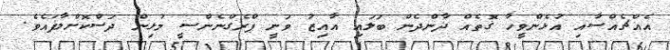
އެއްޗެއްސާއި އުޅެންވީހާ ގޮތެއް ދާންދެން ބަލައި އާއިޒު ވަނީ ޕްރެގްނެންސީ މުޅިން ދަސްކޮށްލާފައެވެ.